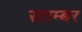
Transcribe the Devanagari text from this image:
सतम्बर